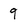
Character: q